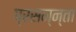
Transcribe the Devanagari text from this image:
प्रसन्न्ता